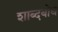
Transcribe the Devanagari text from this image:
शाब्दबोध